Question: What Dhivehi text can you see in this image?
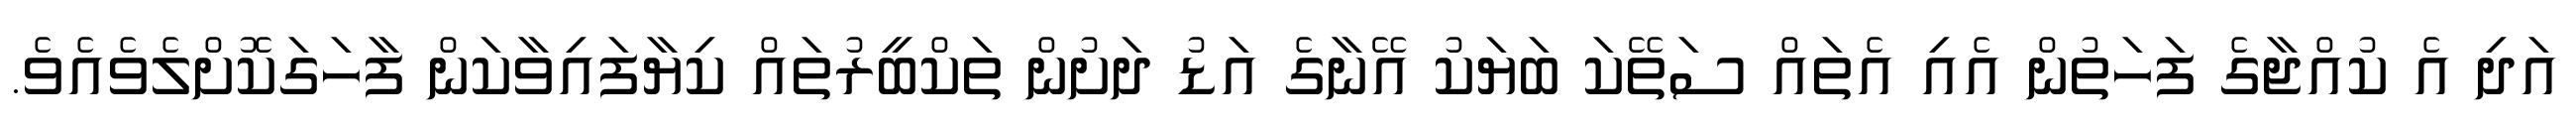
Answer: އަދި އެ ކުއްޖާގެ ފަހަތުން އެއި އެތައް ސަތޭކަ ބަޔަކު އޭނާގެ އަޑު ދަށުން ތަކްބީރުތައް ކިޔާފައިވާކަން ފާހަގަކޮށްލެވެއެވެ.